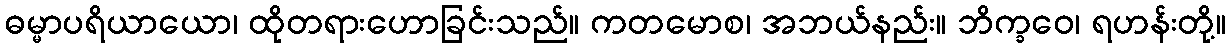
ဓမ္မာပရိယာယော၊ ထိုတရားဟောခြင်းသည်။ ကတမောစ၊ အဘယ်နည်း။ ဘိက္ခဝေ၊ ရဟန်းတို့။